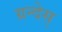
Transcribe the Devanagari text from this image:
ग्रन्देस्